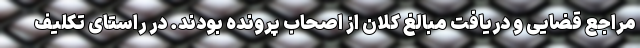
مراجع قضایی و دریافت مبالغ کلان از اصحاب پرونده بودند. در راستای تکلیف